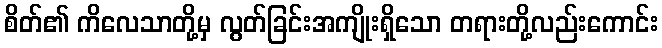
စိတ်၏ ကိလေသာတို့မှ လွတ်ခြင်းအကျိုးရှိသော တရားတို့လည်းကောင်း